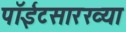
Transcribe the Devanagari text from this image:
पॉईंटसारख्या